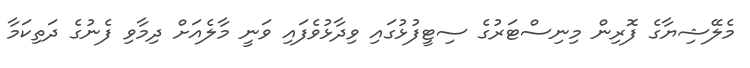
މެލޭޝިޔާގެ ފޮރިން މިނިސްޓަރުގެ ސިޓީފުޅުގައި ވިދާޅުވެފައި ވަނީ މާލެއަށް ދިމާވި ފެނުގެ ދަތިކަމާ